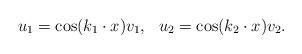
LaTeX: \begin{align*}u_{1}= \cos(k_1\cdot x)v_1, \ \ u_{2}=\cos(k_2\cdot x)v_2.\end{align*}